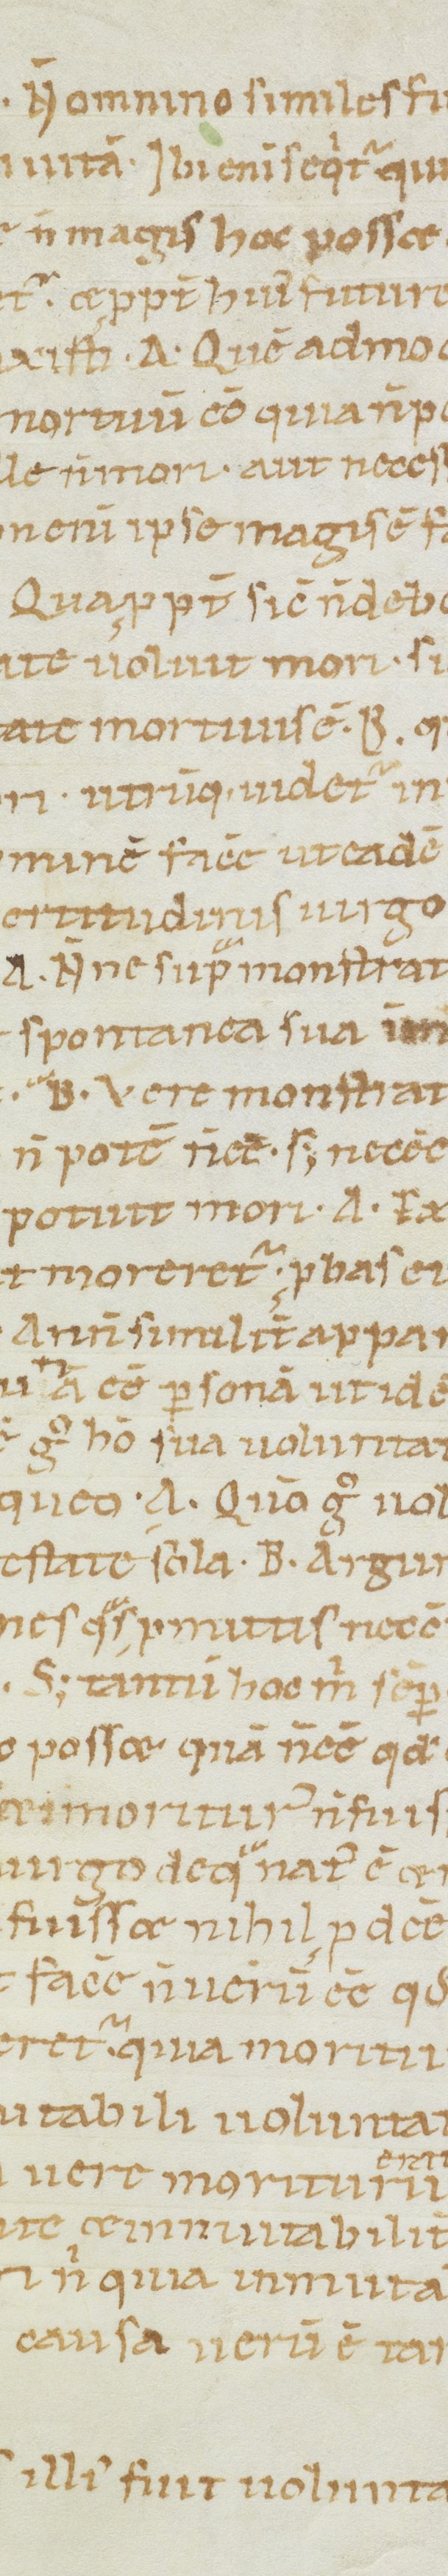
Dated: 1100–1199